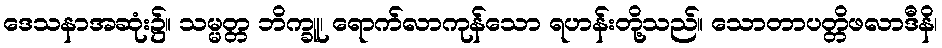
ဒေသနာအဆုံး၌။ သမ္မတ္တ ဘိက္ခူ၊ ရောက်လာကုန်သော ရဟန်းတို့သည်။ သောတာပတ္တိဖလာဒီနိ၊